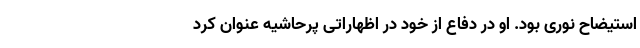
استیضاح نوری بود. او در دفاع از خود در اظهاراتی پرحاشیه عنوان کرد